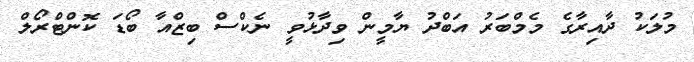
މުލަކު ދާއިރާގެ މެމްބަރު އަބްދު ޔާމީން ވިދާޅުވީ ނެކްސް ބިޒްއާ ބޯޑަ ކޮންޓްރޯލް